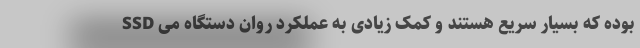
SSD بوده که بسیار سریع هستند و کمک زیادی به عملکرد روان دستگاه می